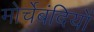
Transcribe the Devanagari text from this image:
मोर्चेबंदियों